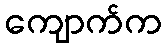
ကျောက်က